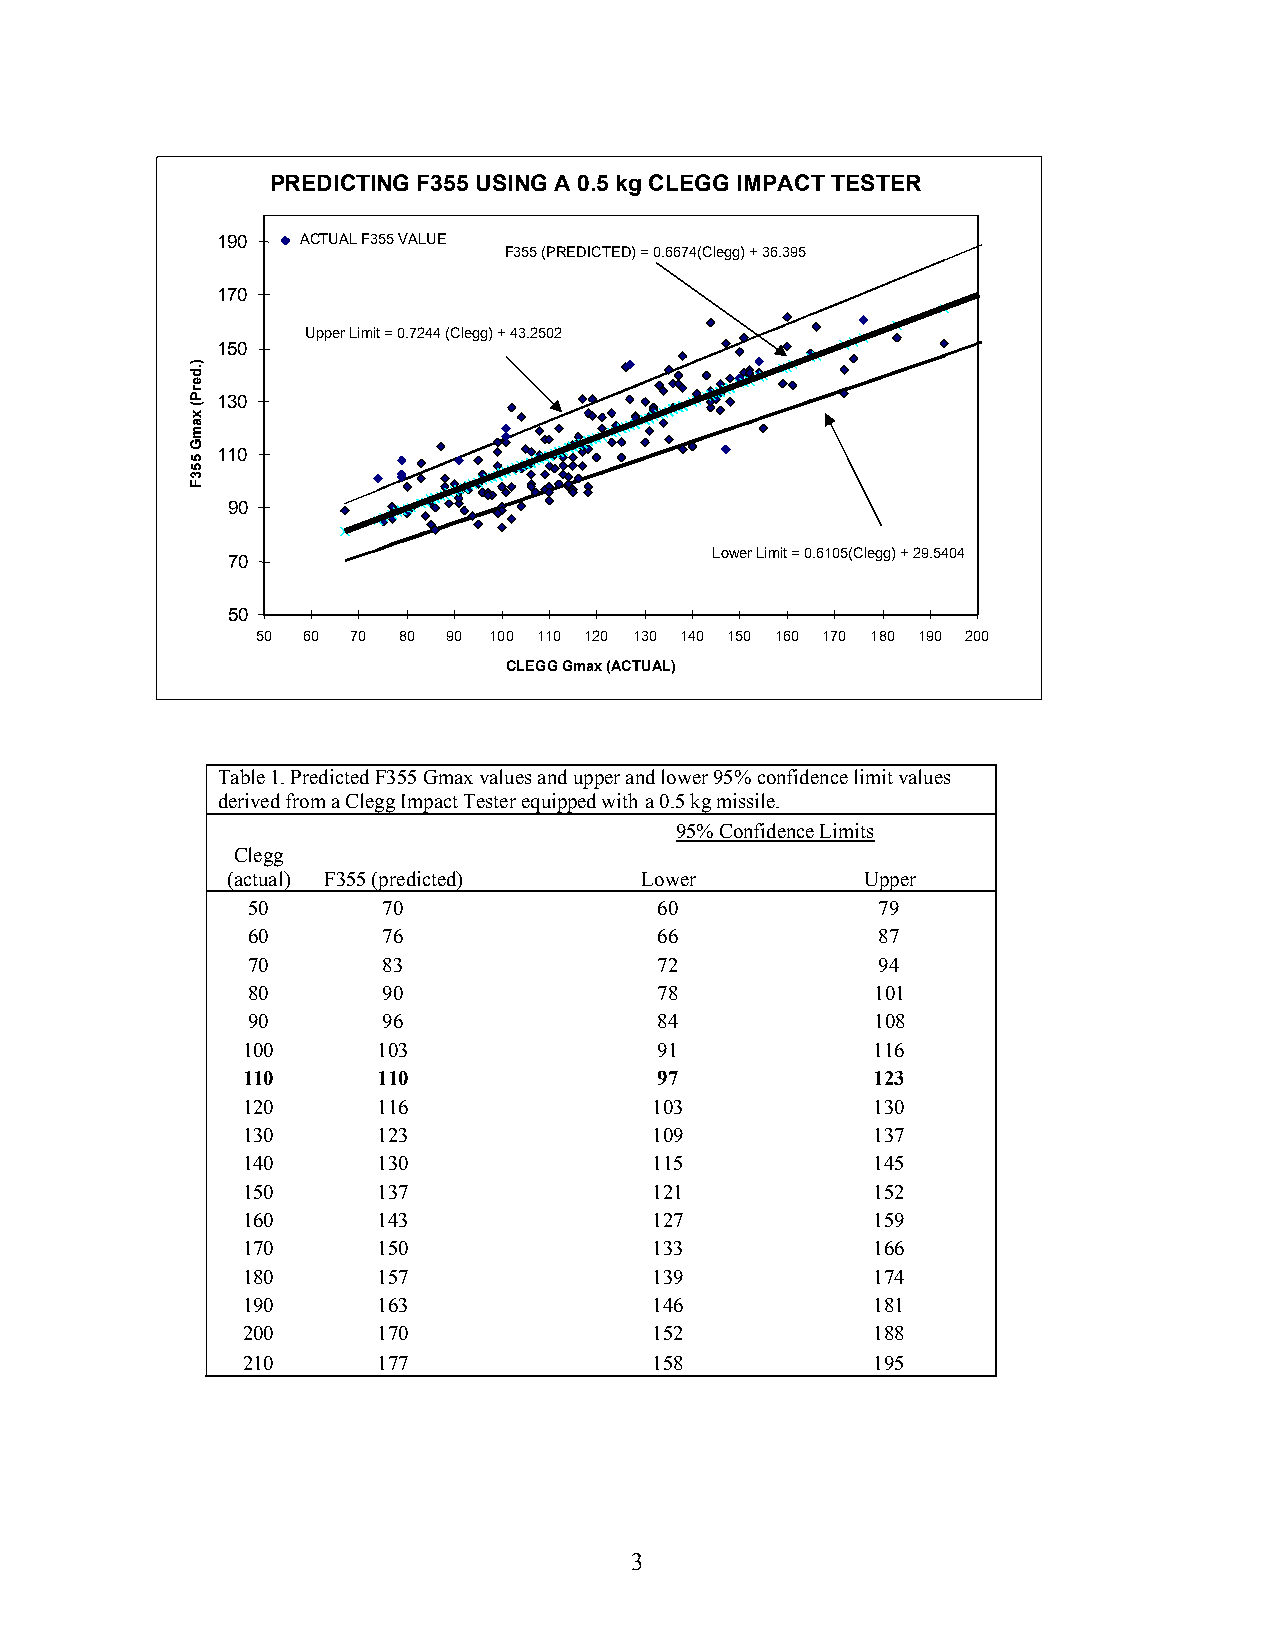
PREDICTING F355 USING A 0.5 kg CLEGG IMPACT TESTER
 190   ACTUAL F355 VALUE
 F355 (PREDICTED) = 0.6674(Clegg) + 36.395
 170
 Upper Limit = 0.7244 (Clegg) + 43.2502
 150
 130
 110
 90
 70
 Lower Limit = 0.6105(Clegg) + 29.5404
 50
 50 60 70 80  90 100 110 120 130 140 150 160 170 180 190 200
 CLEGG Gmax (ACTUAL)
 Table 1. Predicted F355 Gmax values and upper and lower 95% confidence limit values
 derived from a Clegg Impact Tester equipped with a 0.5 kg missile.
 95% Confidence Limits
 Clegg
 (actual) F355 (predicted)  Lower          Upper
 50       70                 60            79
 60       76                 66            87
 70       83                 72            94
 80       90                 78            101
 90       96                 84            108
 100      103                91            116
 110      110                97            123
 120      116               103            130
 130      123               109            137
 140      130               115            145
 150      137               121            152
 160      143               127            159
 170      150               133            166
 180      157               139            174
 190      163               146            181
 200      170               152            188
 210      177               158            195
 3
 ).derP(
 xamG
 553F